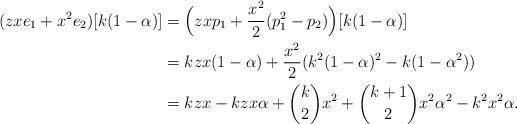
LaTeX: \begin{align*}(zxe_{1}+x^{2}e_{2})[k(1-\alpha)] & =\Big(zxp_{1}+\frac{x^{2}}{2}(p_{1}^{2}-p_{2})\Big)[k(1-\alpha)] \\ & =kzx(1-\alpha)+\frac{x^{2}}{2}(k^{2}(1-\alpha)^{2}-k(1-\alpha^{2})) \\ & =kzx-kzx\alpha+{k \choose 2}x^{2}+{k+1 \choose 2}x^{2}\alpha^{2}-k^{2}x^{2}\alpha.\end{align*}